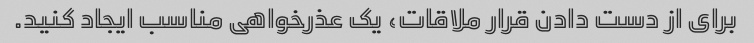
برای از دست دادن قرار ملاقات، یک عذرخواهی مناسب ایجاد کنید.